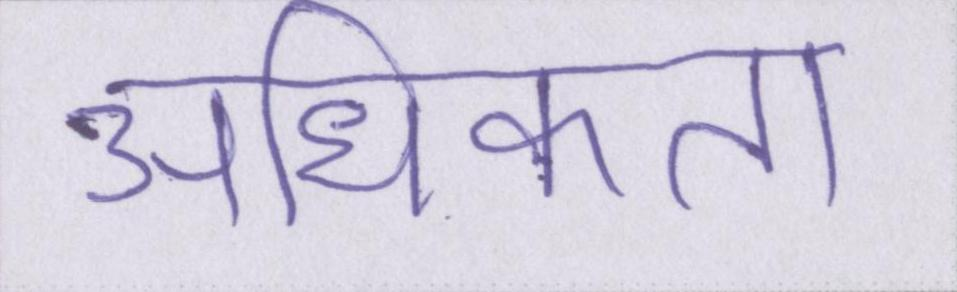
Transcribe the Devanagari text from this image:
अधिकता